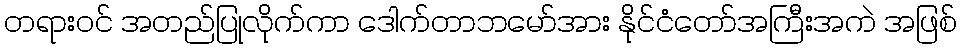
တရားဝင် အတည်ပြုလိုက်ကာ ဒေါက်တာဘမော်အား နိုင်ငံတော်အကြီးအကဲ အဖြစ်